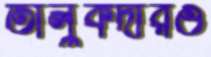
তালুকদারও